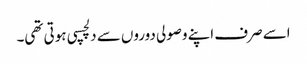
اسے صرف اپنے وصولی دوروں سے دلچسپی ہوتی تھی۔